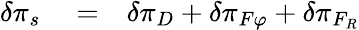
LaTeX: \begin{array}{rlr}{\delta\pi_{s}}&{{}=}&{\delta\pi_{D}+\delta\pi_{F\varphi}+\delta\pi_{F_{R}}}\end{array}